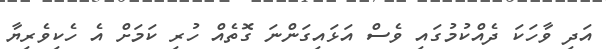
އަދި ވާހަކަ ދެއްކުމުގައި ވެސް އަޅައިގަންނަ ގޮތެއް ހުރި ކަމަށް އެ ހެކިވެރިޔާ